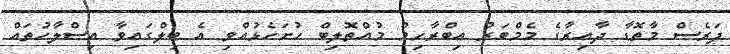
ފަރެސް މާތޮޑާ ދާއިރާގެ މެމްބަރު އިބްރާހިމް މުއްތޮލިބް ހުށަހެޅުއްވި އެ ބިލްގައިވާ އިސްލާހުތައް